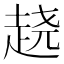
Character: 𰷵